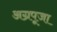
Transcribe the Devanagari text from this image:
अग्रपूजा